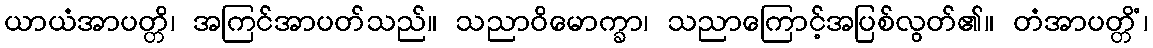
ယာယံအာပတ္တိ၊ အကြင်အာပတ်သည်။ သညာဝိမောက္ခာ၊ သညာကြောင့်အပြစ်လွတ်၏။ တံအာပတ္တိံ၊